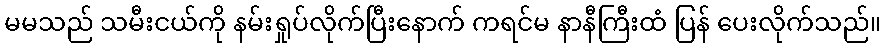
မမသည် သမီးငယ်ကို နမ်းရှုပ်လိုက်ပြီးနောက် ကရင်မ နာနီကြီးထံ ပြန် ပေးလိုက်သည်။